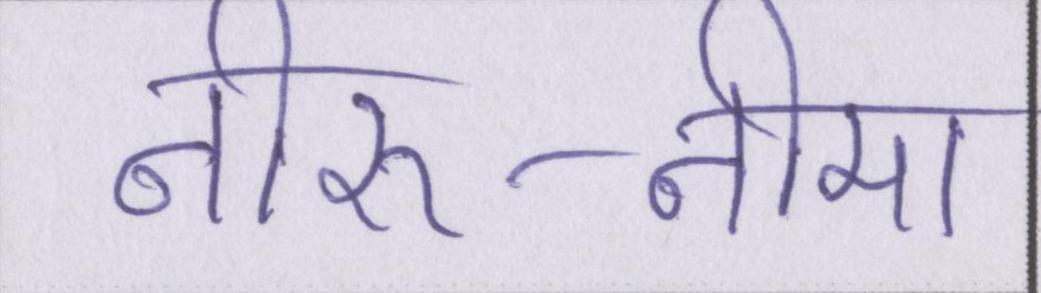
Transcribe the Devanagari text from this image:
नीरु-नीमा